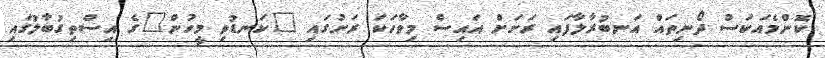
ކޮންމެއަކަސް ދޯނިތައް އަނބުރާލާފައި ރަށަށް އައިސް މިވާހަކަ ރަށުގައި "ކަނޑުވި މީހުން"ގެ އިސްތިގުބާލުގައި